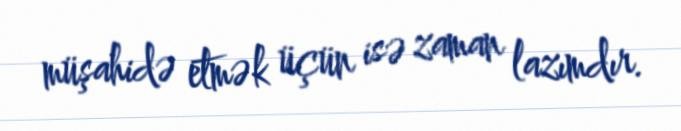
müşahidə etmək üçün isə zaman lazımdır.